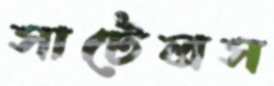
সাটেলস